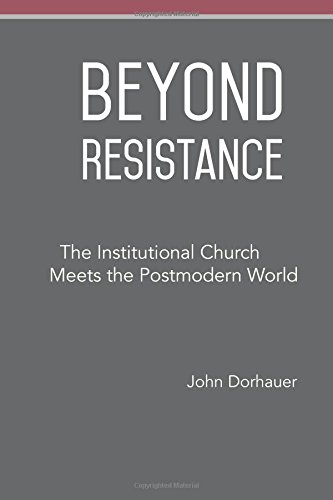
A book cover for Beyond Resistance: The Institutional Church Meets the Postmodern World; John Dorhauer; Christian Books & Bibles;